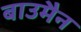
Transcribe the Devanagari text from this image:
बाउमैन